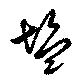
塩